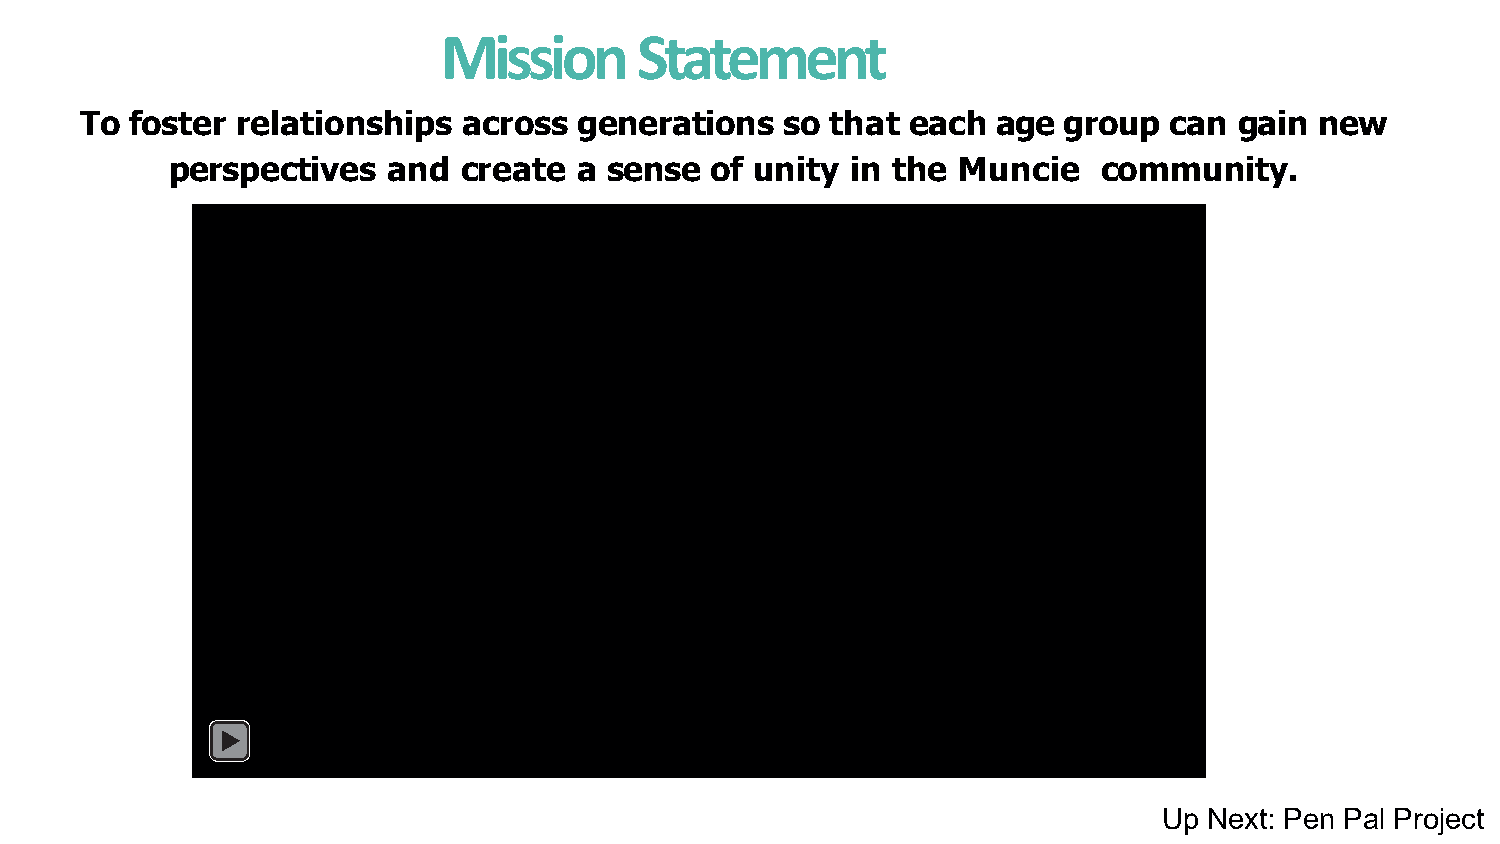
Mission      Statement
 To  foster relationships  across generations   so that each  age group  can  gain new
 perspectives   and  create a sense  of unity in the Muncie    community.
 Up Next: Pen Pal Project